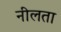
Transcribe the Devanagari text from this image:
नीलता